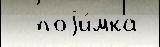
  поjи́мка